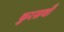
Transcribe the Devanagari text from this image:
कुरसवाँ